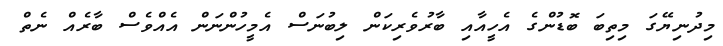
މިދުނިޔޭގަ މިތިބަ ބޮޑުންގެ އެހީއާއި ބާރުވެރިކަން ލިބުނަސް އެމީހުންނަން އެއްވެސް ބާރެއް ނެތް